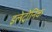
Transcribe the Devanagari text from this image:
इलेट्रोनिक